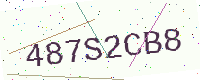
Text: 487S2CB8